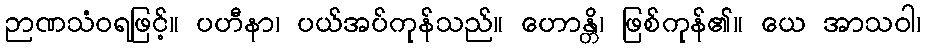
ဉာဏသံဝရဖြင့်။ ပဟီနာ၊ ပယ်အပ်ကုန်သည်။ ဟောန္တိ၊ ဖြစ်ကုန်၏။ ယေ အာသဝါ၊